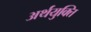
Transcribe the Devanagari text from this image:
अर्थयुक्ति